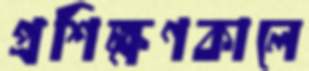
প্রশিক্ষণকালে